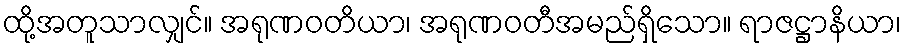
ထို့အတူသာလျှင်။ အရုဏဝတိယာ၊ အရုဏဝတီအမည်ရှိသော။ ရာဇဋ္ဌာနိယာ၊